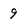
Character: 9